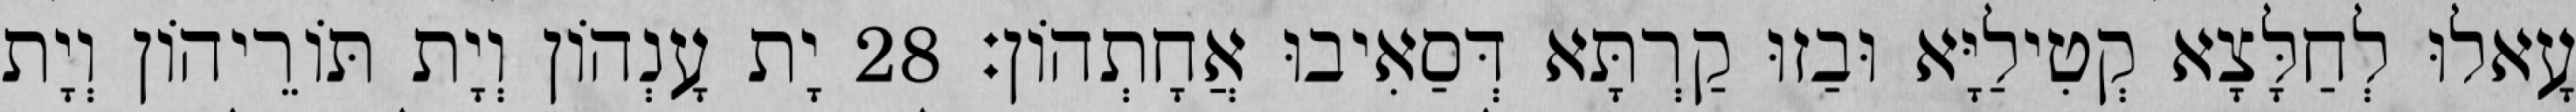
עָאלוּ לְחַלָּצָא קְטִילַיָּא וּבַזוּ קַרְתָּא דְּסַאִיבוּ אֲחָתְהוֹן׃ 28 יָת עָנְהוֹן וְיָת תּוֹרֵיהוֹן וְיָת